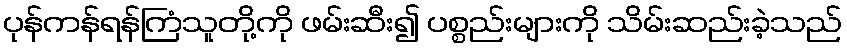
ပုန်ကန်ရန်ကြံသူတို့ကို ဖမ်းဆီး၍ ပစ္စည်းများကို သိမ်းဆည်းခဲ့သည်